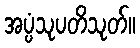
အပ္ပံသုပတိသုတ်။